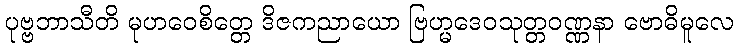
ပုဗ္ဗဘာသီတိ မုဟဝေစိတ္တေ ဒိဇကညာယော ဗြဟ္မဒေဝသုတ္တဝဏ္ဏနာ ဗောဓိမူလေ